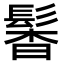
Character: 𩭰